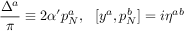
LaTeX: \frac { \Delta ^ { a } } { \pi } \equiv 2 \alpha ^ { \prime } p _ { N } ^ { a } , \: \: \: [ y ^ { a } , p _ { N } ^ { b } ] = i \eta ^ { a b }